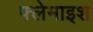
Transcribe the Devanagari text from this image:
फ्लेमाइश